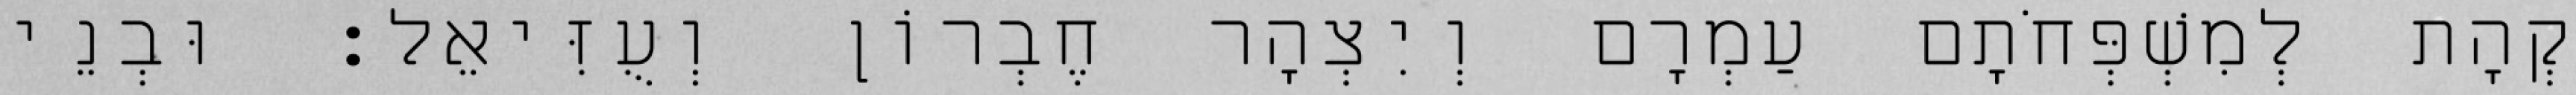
קְהָת לְמִשְׁפְּחֹתָם עַמְרָם וְיִצְהָר חֶבְרוֹן וְעֻזִּיאֵל׃ וּבְנֵי